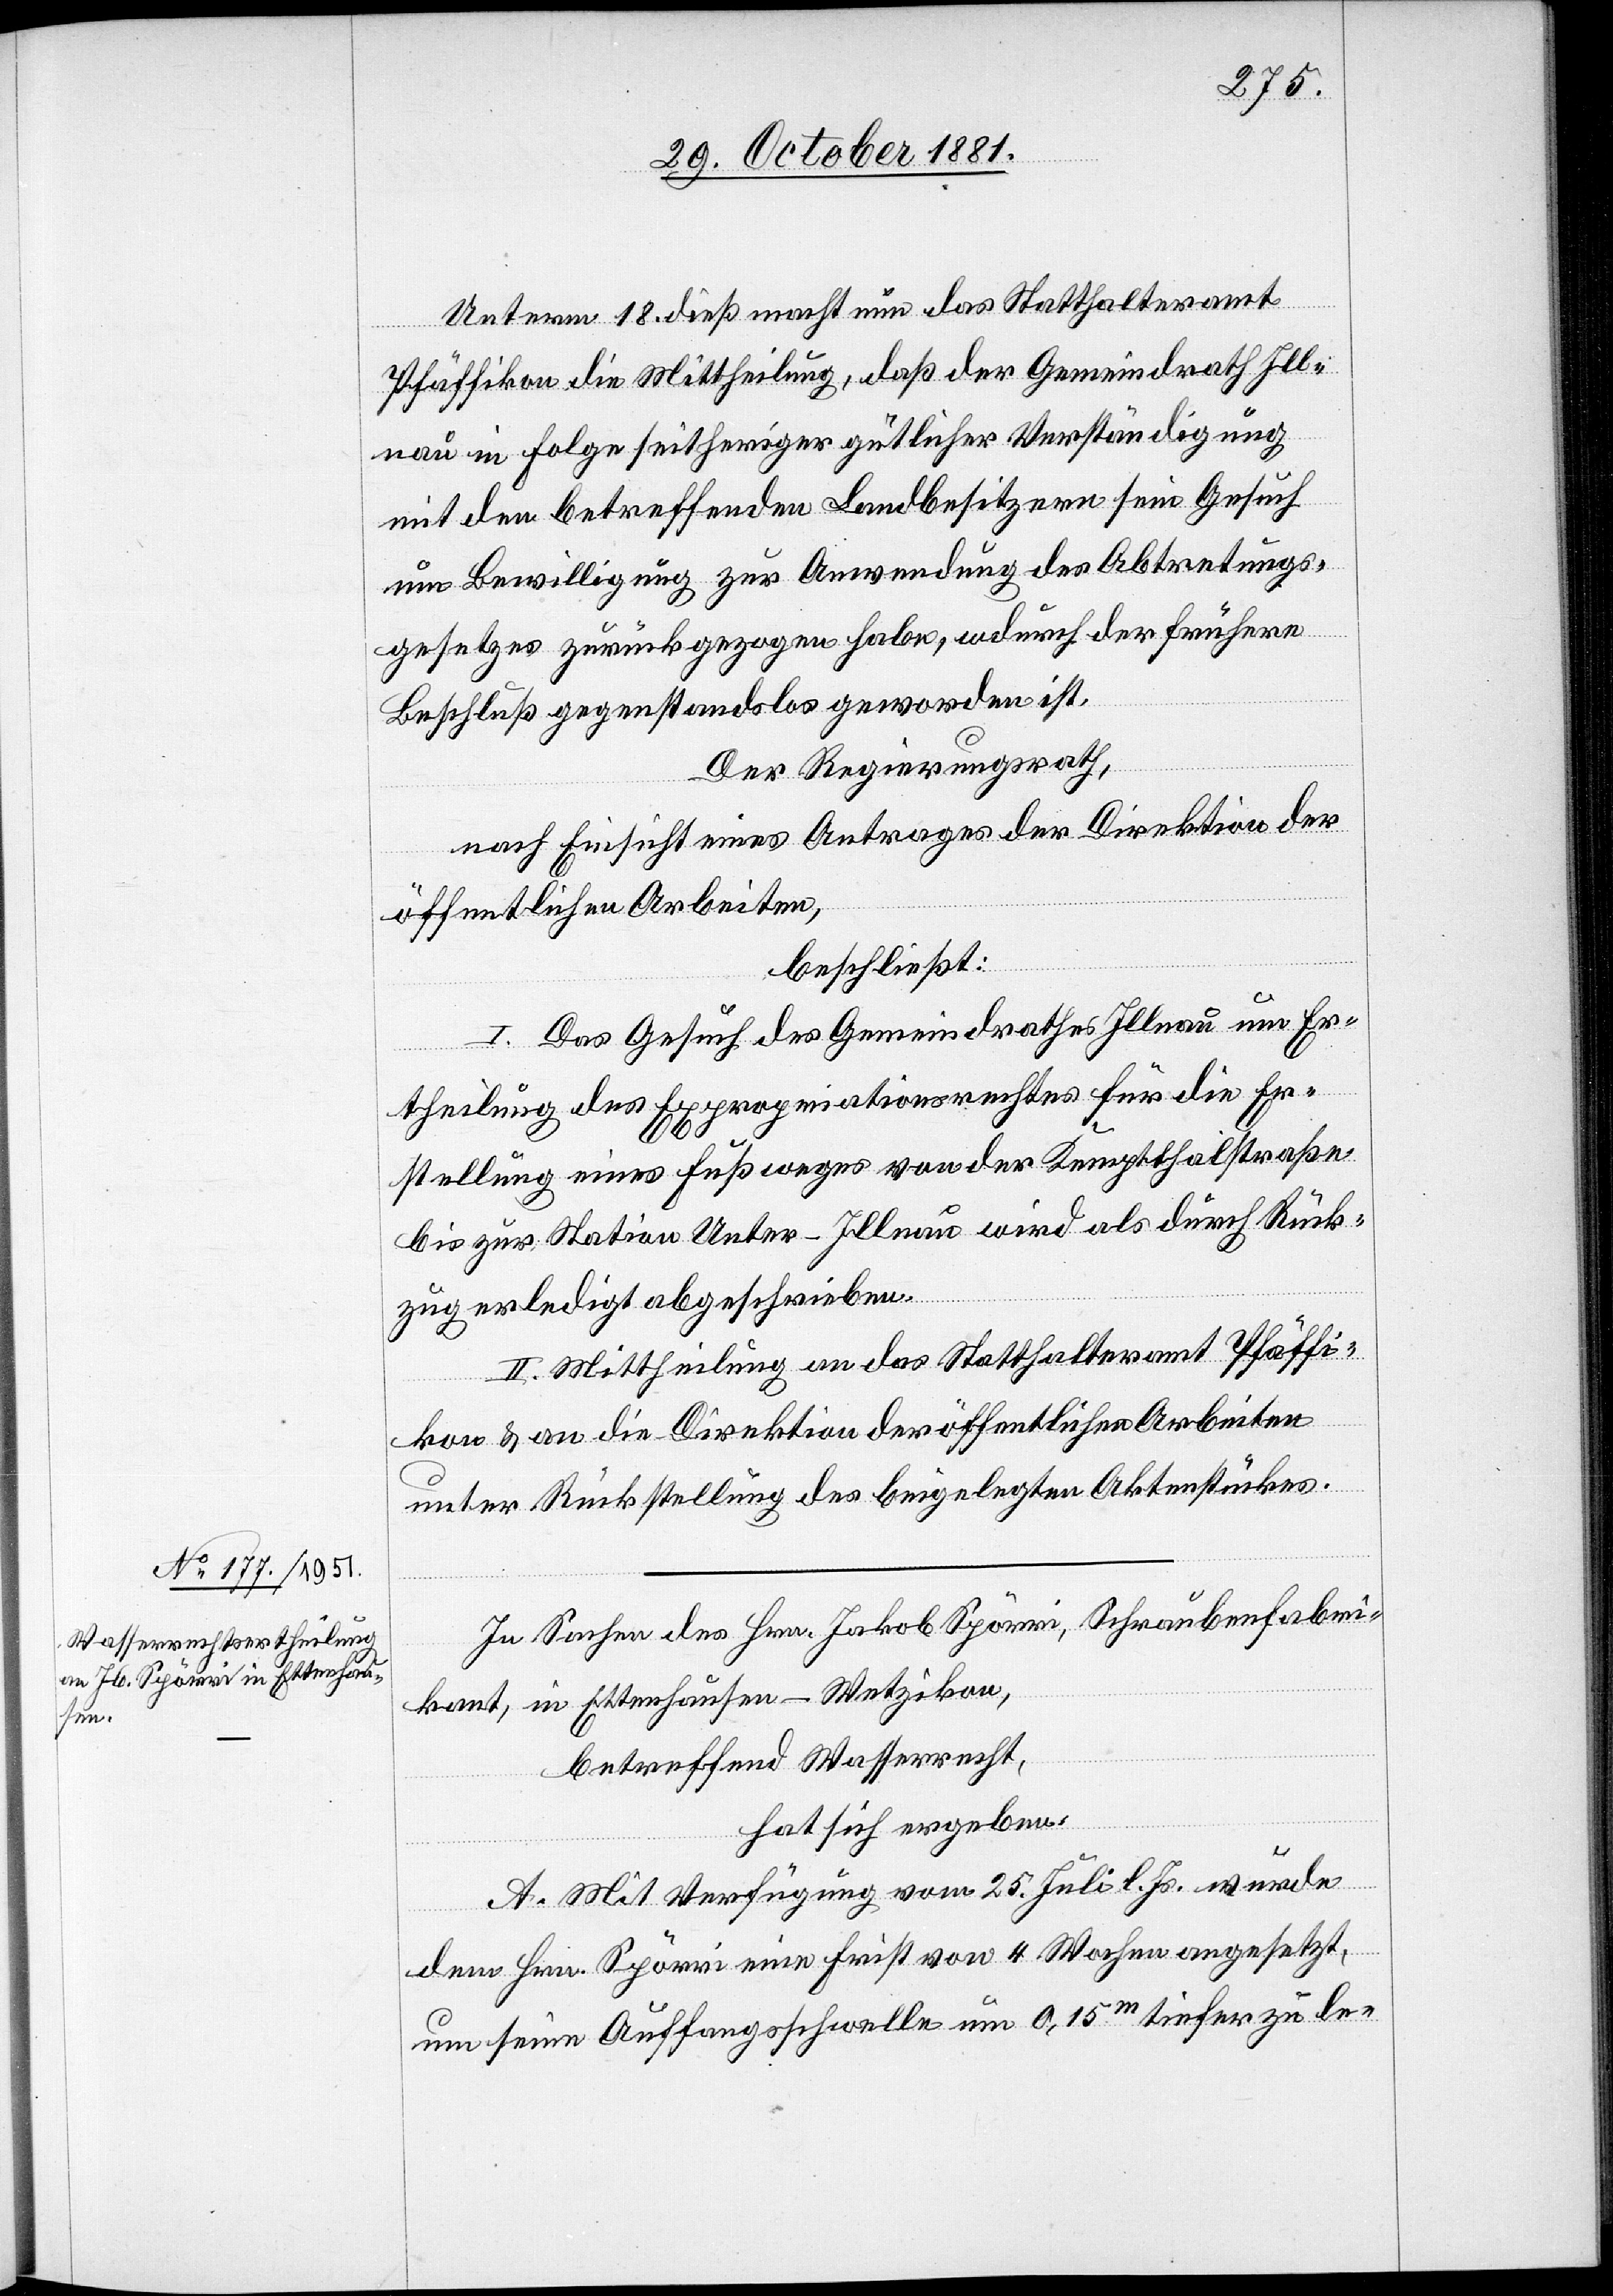
Unterm 18. dieß macht nun das Statthalteramt
Pfäffikon die Mittheilung, daß der Gemeindrath Ill¬
nau in Folge seitheriger gütlicher Verständigung
mit den betreffenden Landbesitzern sein Gesuch
um Bewilligung zur Anwendung des Abtretungs¬
gesetzes zurückgezogen habe, wodurch der frühere
Beschluß gegenstandslos geworden ist.
Der Regierungsrath,
nach Einsicht eines Antrages der Direktion der
öffentlichen Arbeiten,
beschließt:
I. Das Gesuch des Gemeindrathes Illnau um Er¬
theilung des Expropriationsrechtes für die Er¬
stellung eines Fußweges von der Kemptthalstraße
bis zur Station Unter-Illnau wird als durch Rück¬
zug erledigt abgeschrieben.
II. Mittheilung an das Statthalteramt Pfäffi¬
kon & an die Direktion der öffentlichen Arbeiten
unter Rückstellung des beigelegten Aktenstückes.
In Sachen des Hrn. Jakob Spörri, Schraubenfabri¬
kant, in Ettenhausen - Wetzikon,
betreffend Wasserrecht,
hat sich ergeben:
A. Mit Verfügung vom 25. Juli l. Js. wurde
dem Hrn. Spörri eine Frist von 4 Wochen angesetzt,
um seine Auffangsschwelle um 0.15m tiefer zu le-